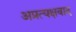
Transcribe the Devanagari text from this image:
अप्रत्यक्षवाद